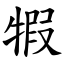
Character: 犌